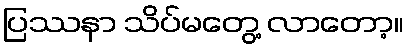
ပြဿနာ သိပ်မတွေ့ လာတော့။